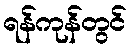
ရန်ကုန်တွင်